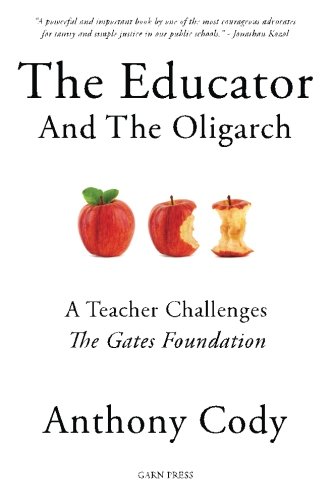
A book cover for The Educator And The Oligarch: A Teacher Challenges The Gates Foundation; Anthony Cody; Politics & Social Sciences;